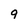
Character: 9